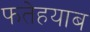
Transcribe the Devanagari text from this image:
फतेहयाब